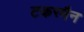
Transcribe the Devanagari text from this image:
टकरमैन